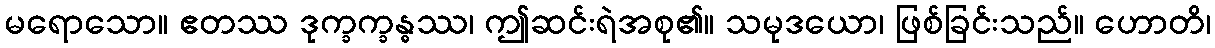
မရောသော။ ဧတဿ ဒုက္ခက္ခန္ဓဿ၊ ဤဆင်းရဲအစု၏။ သမုဒယော၊ ဖြစ်ခြင်းသည်။ ဟောတိ၊